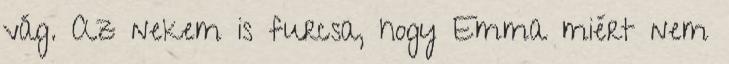
vág. Az nekem is furcsa, hogy Emma miért nem